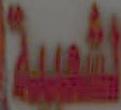
المسة